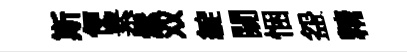
斯便素髦双綻闚悃盌精